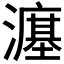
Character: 𪷲